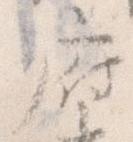
府